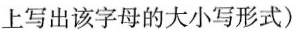
上写出该字母的大小写形式)